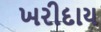
ખરીદાય